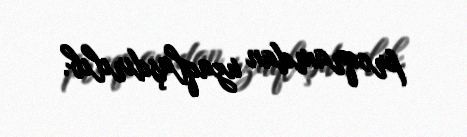
proqramdan uzaqlaşdırılıb.